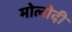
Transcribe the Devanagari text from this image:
मोलोदी